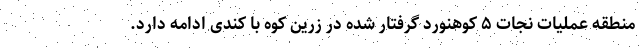
منطقه عملیات نجات ۵ کوهنورد گرفتار شده در زرین کوه با کندی ادامه دارد.